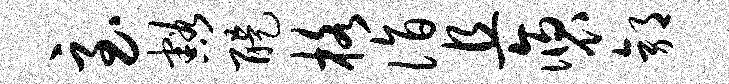
至豁醍格诣且褒郭